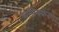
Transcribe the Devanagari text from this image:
घतियकरण